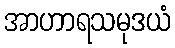
အာဟာရသမုဒယံ